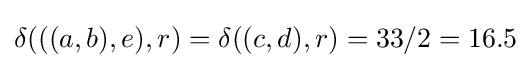
\delta (((a,b),e),r)=\delta ((c,d),r)=33/2=16.5